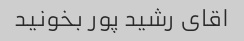
اقای رشید پور بخونید